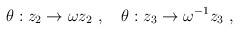
\begin{align*}\theta:z_2\rightarrow\omega z_2~,~~~ \theta:z_3\rightarrow\omega^{-1} z_3~,\end{align*}